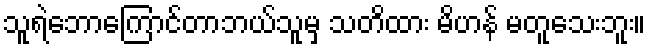
သူရဲဘောကြောင်တာဘယ်သူမှ သတိထား မိဟန် မတူသေးဘူး။